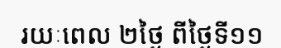
រយៈពេល ២ថ្ងៃ ពីថ្ងៃទី១១